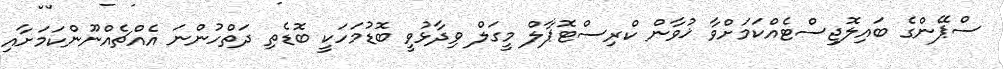
ސްޕޭންގެ ބައިލޮޖިސްޓެއްކަމަށްވާ ޚުވާން ކްރިސްޓޮޕާލް މީގަލް ވިދާޅުވީ ބޮޑުމަހަކީ ބޮޑެތި ދަތްހުންނަ އެއްޗެއްނޫންކަމަށާއި